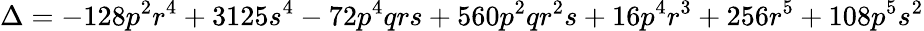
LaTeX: \Delta=-128p^{2}r^{4}+3125s^{4}-72p^{4}qrs+560p^{2}qr^{2}s+16p^{4}r^{3}+256r^{5}+108p^{5}s^{2}